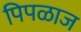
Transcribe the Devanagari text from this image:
पिपळाज